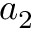
a _ { 2 }